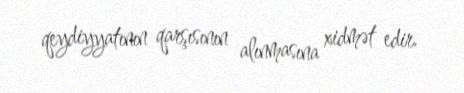
qeydiyyatının qarşısının alınmasına xidmət edir.